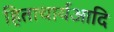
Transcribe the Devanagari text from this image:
हिताचार्यआदि